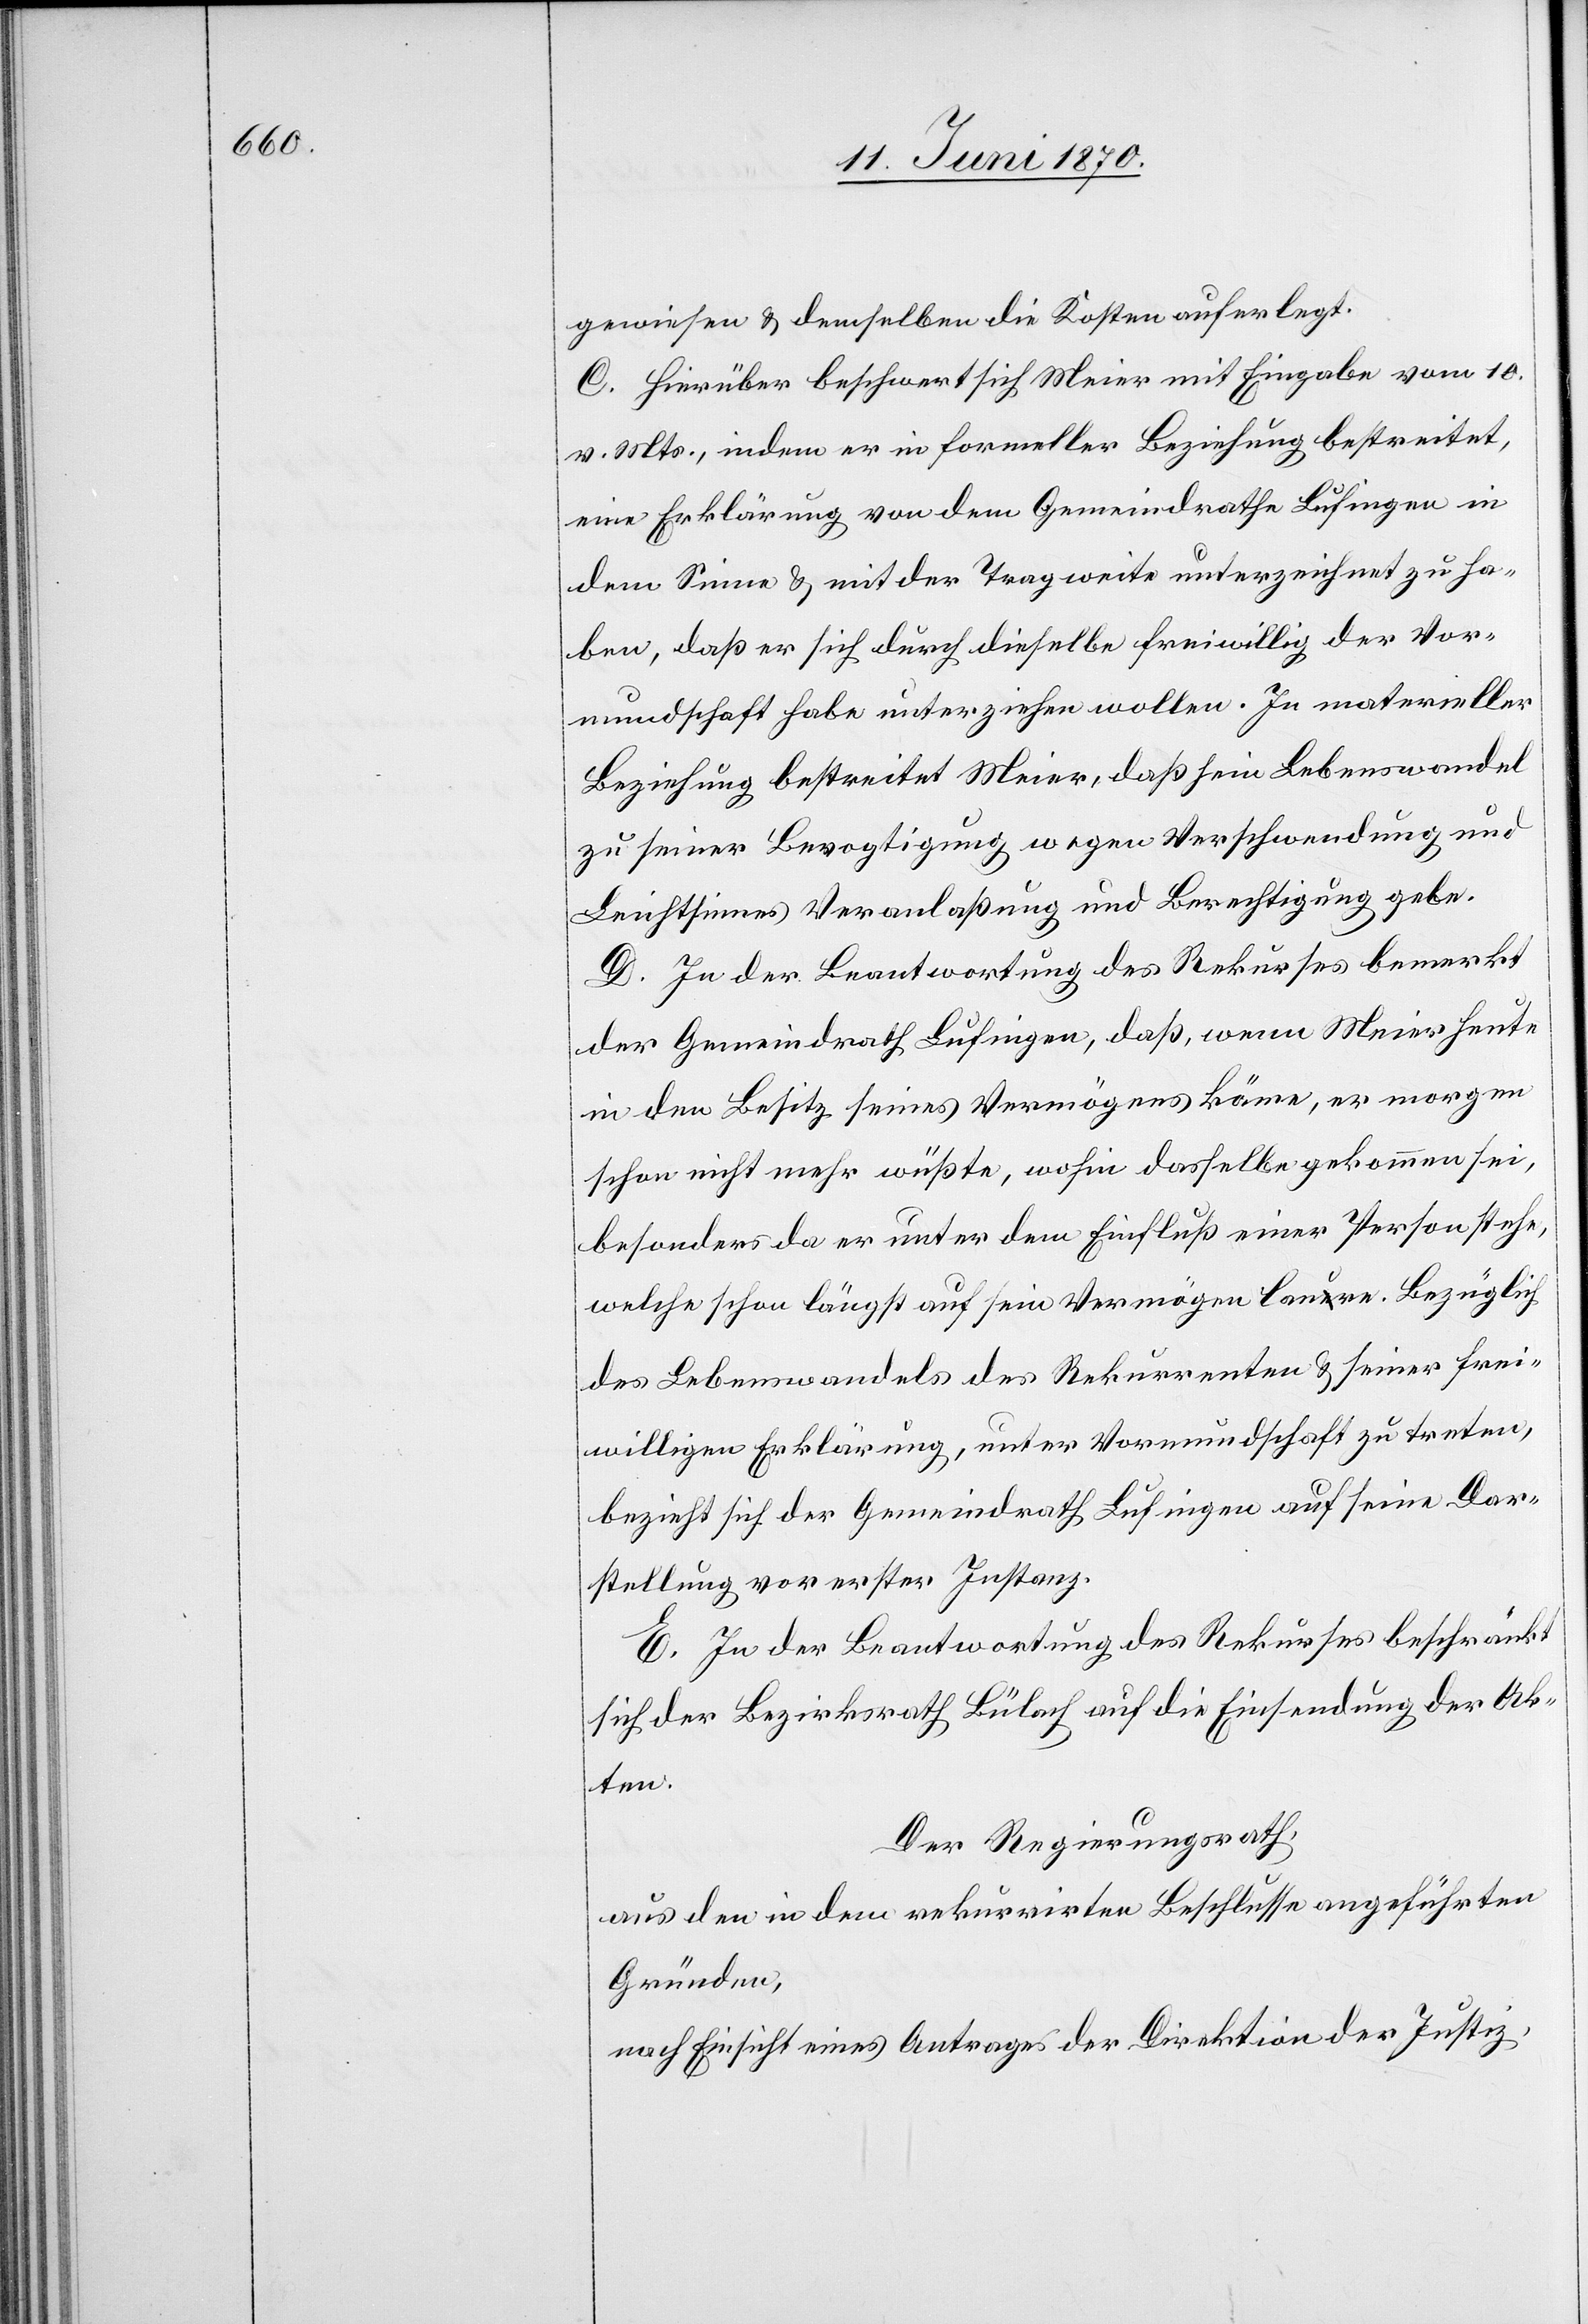
gewiesen & demselben die Kosten auferlegt.
C. Hierüber beschwert sich Meier mit Eingabe vom 10.
v. Mts., indem er in formeller Beziehung bestreitet,
eine Erklärung von dem Gemeindrathe Lufingen in
dem Sinne & mit der Tragweite unterzeichnet zu ha¬
ben, daß er sich durch dieselbe freiwillig der Vor¬
mundschaft habe unterziehen wollen. In materieller
Beziehung bestreitet Meier, daß sein Lebenswandel
zu seiner Bevogtigung wegen Verschwendung und
Leichtsinnes Veranlaßung und Berechtigung gebe.
D. In der Beantwortung des Rekurses bemerkt
der Gemeindrath Lufingen, daß, wenn Meier heute
in den Besitz seines Vermögens käme, er morgen
schon nicht mehr wüßte, wohin dasselbe gekommen sei,
besonders da er unter dem Einfluß einer Person stehe,
welche schon längst auf sein Vermögen laua-e-are. Bezüglich
des Lebenswandels des Rekurrenten & seiner frei¬
willigen Erklärung, unter Vormundschaft zu treten,
bezieht sich der Gemeindrath Lufingen auf seine Dar¬
stellung vor erster Instanz.
E. In der Beantwortung des Rekurses beschränkt
sich der Bezirksrath Bülach auf die Einsendung der Ak¬
ten.
Der Regierungsrath,
aus den in dem rekurrirten Beschlusse angeführten
Gründen,
nach Einsicht eines Antrages der Direktion der Justiz,